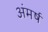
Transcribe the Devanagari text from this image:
अंमर्ष